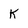
Character: K